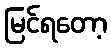
မြင်ရတော့